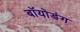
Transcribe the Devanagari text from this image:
बॉयोडंग